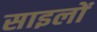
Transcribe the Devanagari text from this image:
साइलों